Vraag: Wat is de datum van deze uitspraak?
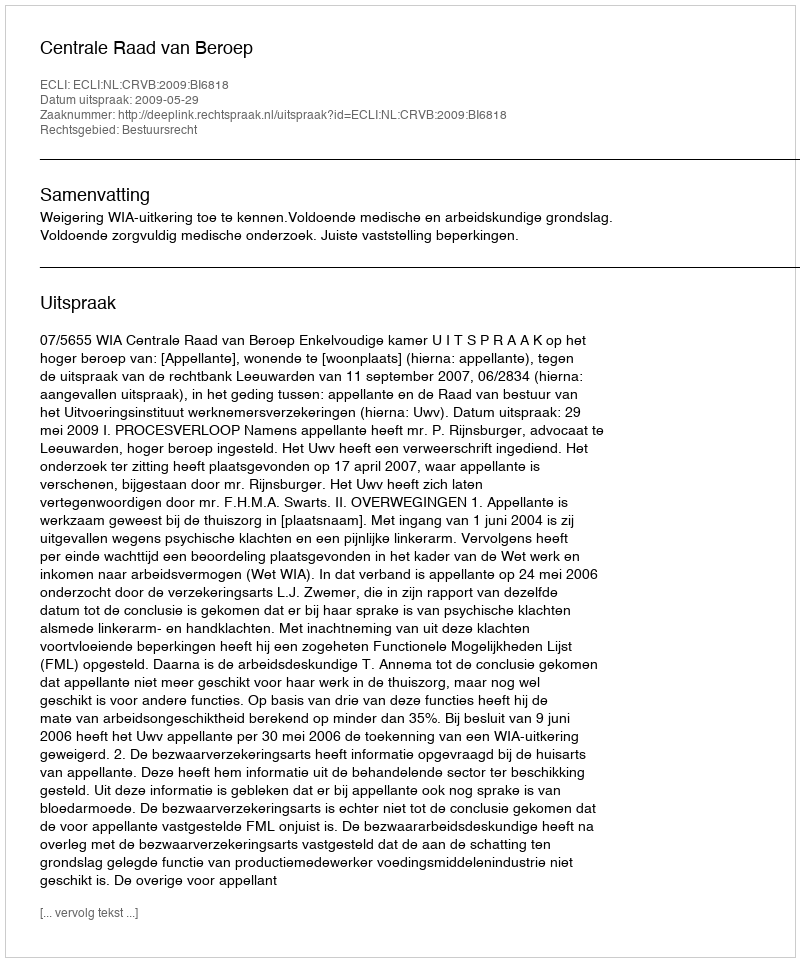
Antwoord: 2009-05-29